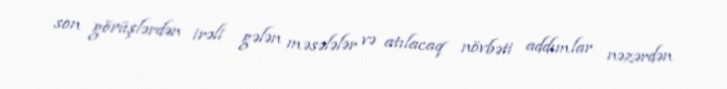
son görüşlərdən irəli gələn məsələlər və atılacaq növbəti addımlar nəzərdən